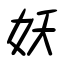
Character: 妖